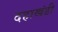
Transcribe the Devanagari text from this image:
दहाखंडी